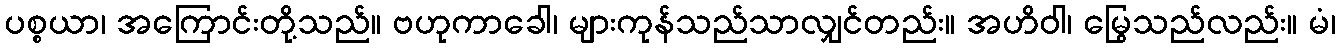
ပစ္စယာ၊ အကြောင်းတို့သည်။ ဗဟုကာခေါ၊ များကုန်သည်သာလျှင်တည်း။ အဟိဝါ၊ မြွေသည်လည်း။ မံ၊